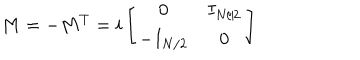
LaTeX: M = - M ^ { T } = i \left[ \begin{array} { c c } { { 0 } } & { { I _ { N / 2 } } } \\ { { - I _ { N / 2 } } } & { { 0 } } \\ \end{array} \right]